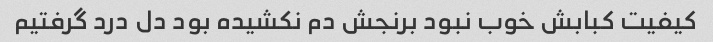
کیفیت کبابش خوب نبود برنجش دم نکشیده بود دل درد گرفتیم